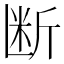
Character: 断